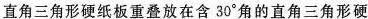
直角三角形硬纸板重叠放在含30^{\circ}角的直角三角形硬